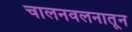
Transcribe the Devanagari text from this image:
चालनवलनातून